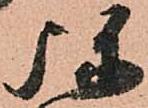
弥